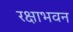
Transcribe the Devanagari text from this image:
रक्षाभवन